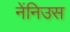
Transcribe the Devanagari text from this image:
नेंनिउस